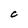
Character: C